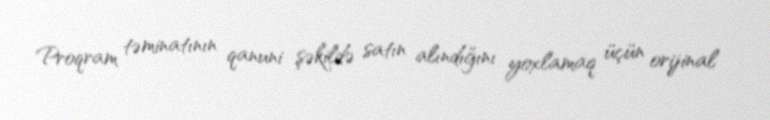
Proqram təminatının qanuni şəkildə satın alındığını yoxlamaq üçün orijinal